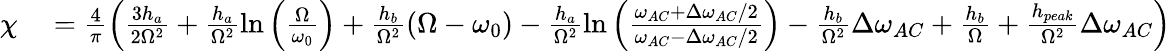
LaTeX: \begin{array}{rl}{\chi}&{{}=\frac{4}{\pi}\left(\frac{3h_{a}}{2\Omega^{2}}+\frac{h_{a}}{\Omega^{2}}\ln{\left(\frac{\Omega}{\omega_{0}}\right)}+\frac{h_{b}}{\Omega^{2}}\left(\Omega-\omega_{0}\right)-\frac{h_{a}}{\Omega^{2}}\ln{\left(\frac{\omega_{AC}+\Delta\omega_{AC}/2}{\omega_{AC}-\Delta\omega_{AC}/2}\right)}-\frac{h_{b}}{\Omega^{2}}\Delta\omega_{AC}+\frac{h_{b}}{\Omega}+\frac{h_{peak}}{\Omega^{2}}\Delta\omega_{AC}\right)}\end{array}